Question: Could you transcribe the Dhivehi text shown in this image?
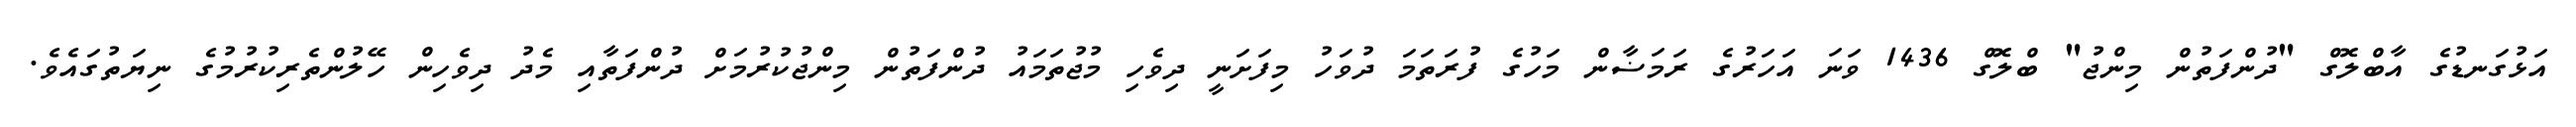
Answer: އަޅުގަނޑުގެ އާބްލޮގް "ދުންފަތުން މިންޖު" ބްލޮގް 1436 ވަނަ އަހަރުގެ ރަމަޟާން މަހުގެ ފުރަތަމަ ދުވަހު މިފަށަނީ ދިވެހި މުޖުތަމައު ދުންފަތުން މިންޖުކުރުމަށް ދުންފަތާއި މެދު ދިވެހިން ހޭލުންތެރިކުރުމުގެ ނިޔަތުގައެވެ.